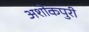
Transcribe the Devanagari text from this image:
अशोकपुरी